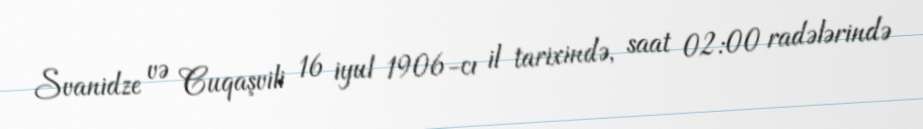
Svanidze və Cuqaşvili 16 iyul 1906-cı il tarixində, saat 02:00 radələrində